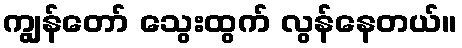
ကျွန်တော် သွေးထွက် လွန်နေတယ်။